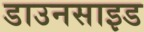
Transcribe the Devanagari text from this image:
डाउनसाइड